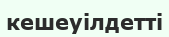
кешеуілдетті